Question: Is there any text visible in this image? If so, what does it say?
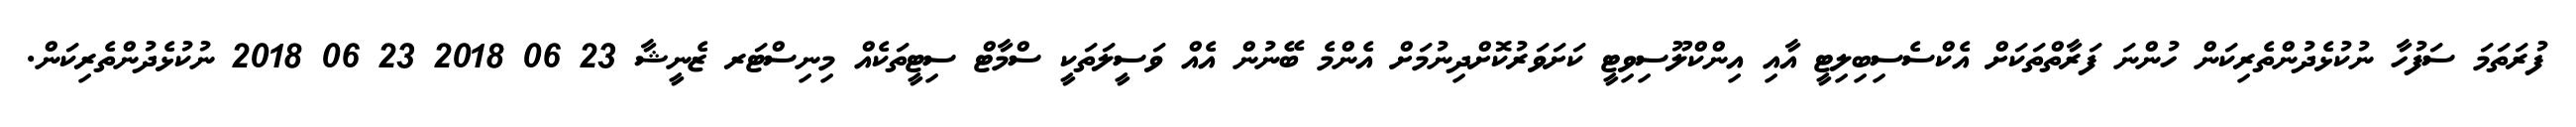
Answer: ފުރަތަމަ ސަފުހާ ނުކުޅެދުންތެރިކަން ހުންނަ ފަރާތްތަކަށް އެކްސެސިބިލިޓީ އާއި އިންކްލޫސިވިޓީ ކަށަވަރުކޮށްދިނުމަށް އެންމެ ބޭނުން އެއް ވަސީލަތަކީ ސްމާޓް ސިޓީތަކެއް މިނިސްޓަރ ޒެނީޝާ 23 06 2018 23 06 2018 ނުކުޅެދުންތެރިކަން.